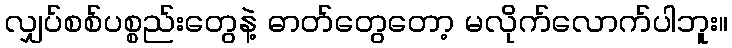
လျှပ်စစ်ပစ္စည်းတွေနဲ့ ဓာတ်တွေတော့ မလိုက်လောက်ပါဘူး။